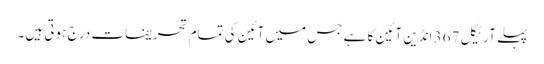
پہلے آرٹیکل 367 انڈین آئین کا ہے جس میں آئین کی تمام تحریفات درج ہوتی ہیں۔